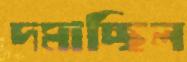
দমাচ্ছিল